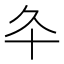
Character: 𠥾